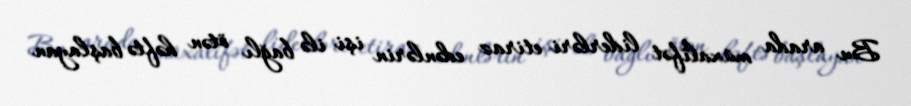
Bu arada müxalifət liderləri etiraz edənlərin işi ilə bağlı ötən həftə başlayan